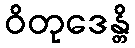
ဝိတုဒေန္တိ